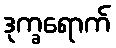
ဒုက္ခရောက်